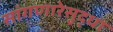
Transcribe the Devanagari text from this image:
सांगणारेसुद्धा